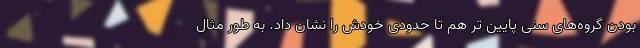
بودن گروه‌های سنی پایین تر هم تا حدودی خودش را نشان داد. به طور مثال